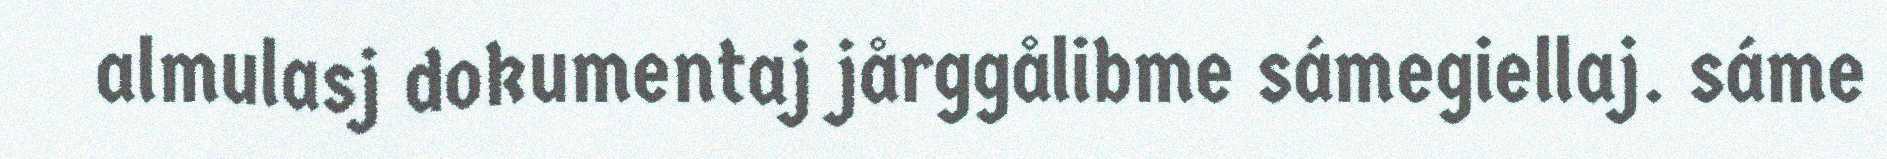
almulasj dokumentaj jårggålibme sámegiellaj. sáme